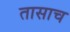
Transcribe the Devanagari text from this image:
तासाच